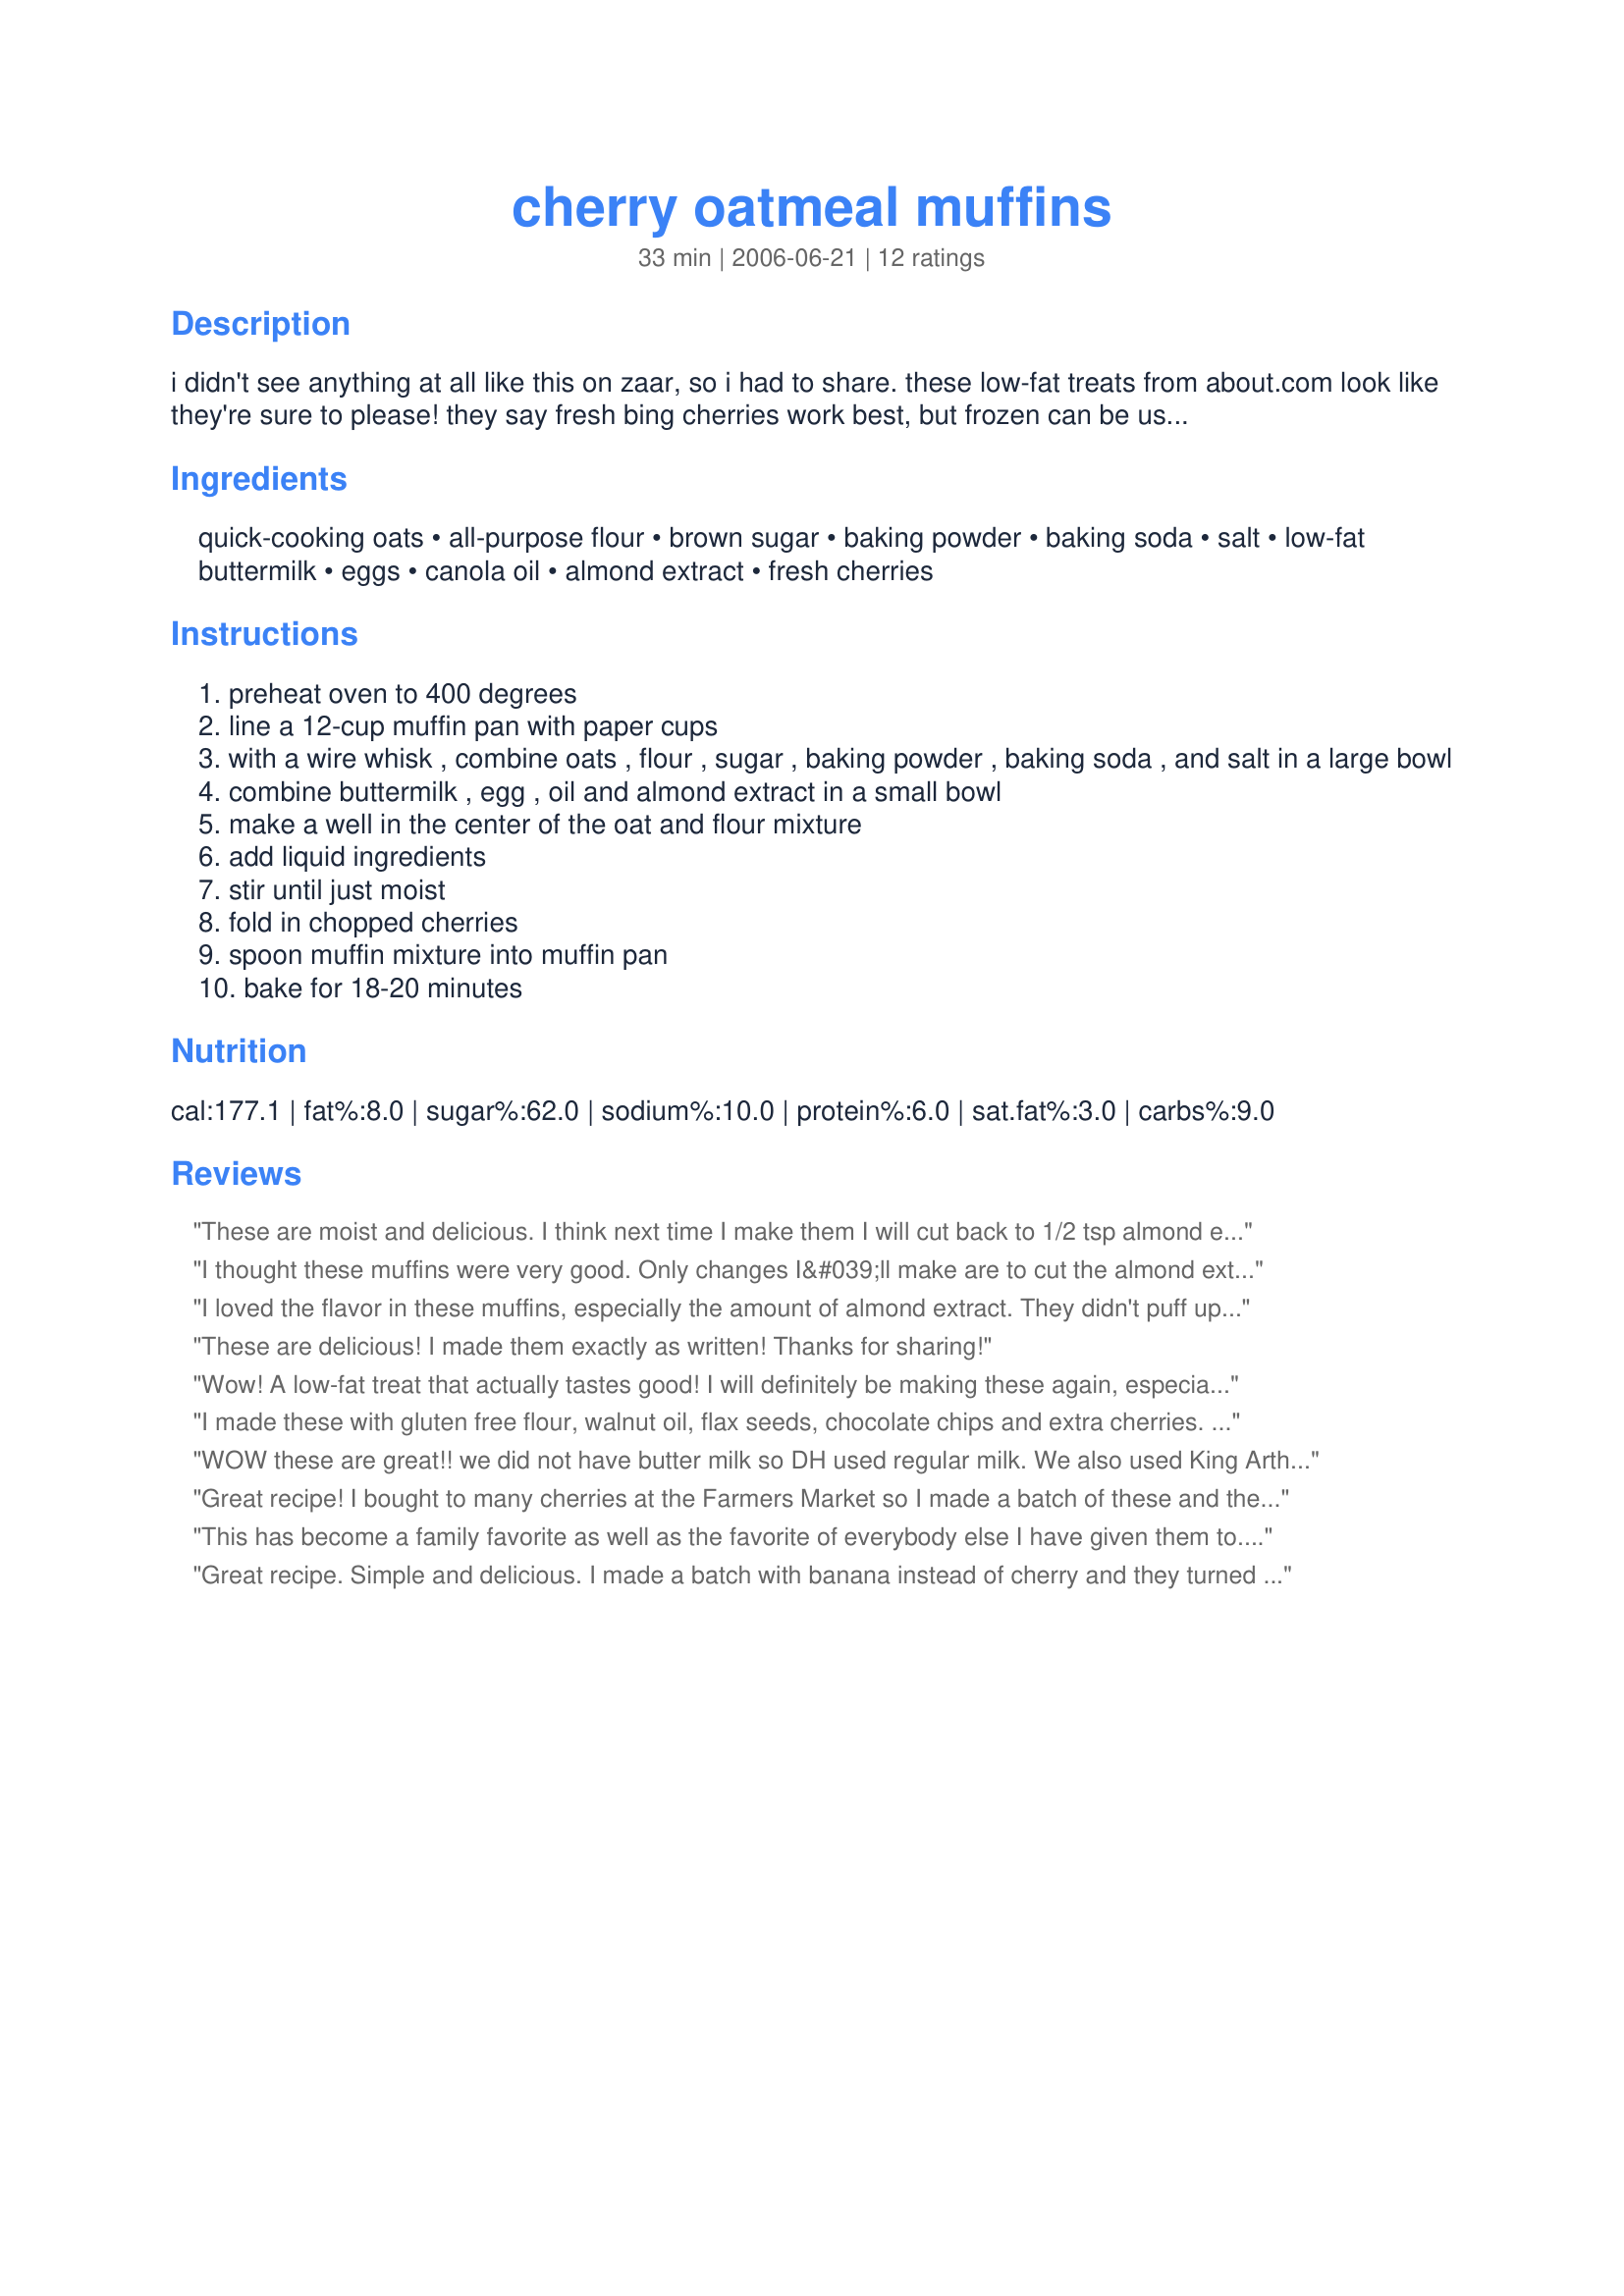
cherry oatmeal muffins
Preparation time: 33 minutes

i didn't see anything at all like this on zaar, so i had to share. these low-fat treats from about.com look like they're sure to please! they say fresh bing cherries work best, but frozen can be used, too. use soymilk soured with 1 tsp lemon juice or vinegar to make this dairy-free.

Ingredients:
quick-cooking oats, all-purpose flour, brown sugar, baking powder, baking soda, salt, low-fat buttermilk, eggs, canola oil, almond extract, fresh cherries

Steps:
preheat oven to 400 degrees
line a 12-cup muffin pan with paper cups
with a wire whisk , combine oats , flour , sugar , baking powder , baking soda , and salt in a large bowl
combine buttermilk , egg , oil and almond extract in a small bowl
make a well in the center of the oat and flour mixture
add liquid ingredients
stir until just moist
fold in chopped cherries
spoon muffin mixture into muffin pan
bake for 18-20 minutes

Reviews:
These are moist and delicious. I think next time I make them I will cut back to 1/2 tsp almond extract. I used buttermilk and a regular egg. I also used 1/2 whole wheat flour and 1/2 all-purpose flour.
I thought these muffins were very good. Only changes I&#039;ll make are to cut the almond extract by half (and I&#039;m generally a huge fan of almond flavor) and just to make them healthier I will omit some of the sugar. Sliced almonds would be a nice addition, as another reviewer said. I added flax seed and used almond milk soured with lemon juice. The edges browned quickly but I left the muffins in the oven since the center wasn&#039;t cooked (total 17 minutes); thankfully the edges didn&#039;t taste dry or overcooked.
I loved the flavor in these muffins, especially the amount of almond extract. They didn't puff up very much, but that might be because of the amount of oats, I'm not sure. They also were fairly wet in the center on the first day, but much improved by the second day. I am not sure if that is because the amount of cherries is too much or if they needed to bake longer (I baked them 21 minutes, and the toothpick did come out clean). I used less sugar and topped them with sliced almonds. Thanks, Kree!
These are delicious! I made them exactly as written! Thanks for sharing!
Wow! A low-fat treat that actually tastes good! I will definitely be making these again, especially when fresh cherries are in season.
I made these with gluten free flour, walnut oil, flax seeds, chocolate chips and extra cherries. It made 15 muffins with these additions. They were wonderful!
WOW these are great!! we did not have butter milk so DH used regular milk. We also used King Arthur white whole wheat flour. These would be great with almost any fruit.
Great recipe! I bought to many cherries at the Farmers Market so I made a batch of these and they are delicious. Didn&#039;t have almond extract so used vanilla. Also substituted Equal for some of the sugar.
This has become a family favorite as well as the favorite of everybody else I have given them to. Very moist and delicious. It is worth freezing chopped cherries to be able to make these during the winter, too.
Great recipe. Simple and delicious. I made a batch with banana instead of cherry and they turned out very tasty as well.
These were great! I made them gluten free and they still turned out moist and tasty. I also used a little less sugar since I used sorghum flour (it imparts a sweeter taste). Thanks!
ug, it's really too bad these were so crumbly, espcially when hot and warm. Only advice is to leave in the muffin tins (I didn't have paper) until completely cool. 

They were good. Nice gentle sweetness. Good oatmeal taste. I replaced vanilla with almond extract (didn't have any) and it was just fine. They were nice. A good way to use up some cherries and showcase them in a dish that doesn't require more than 1 cup!
